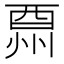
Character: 𨠩